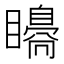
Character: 𥌗